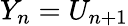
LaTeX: Y_{n}=U_{n+1}